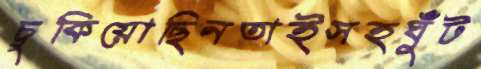
চুকিয়োছিনতাইসহঘুঁট